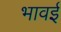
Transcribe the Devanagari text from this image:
भावई